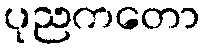
ပုညကတော